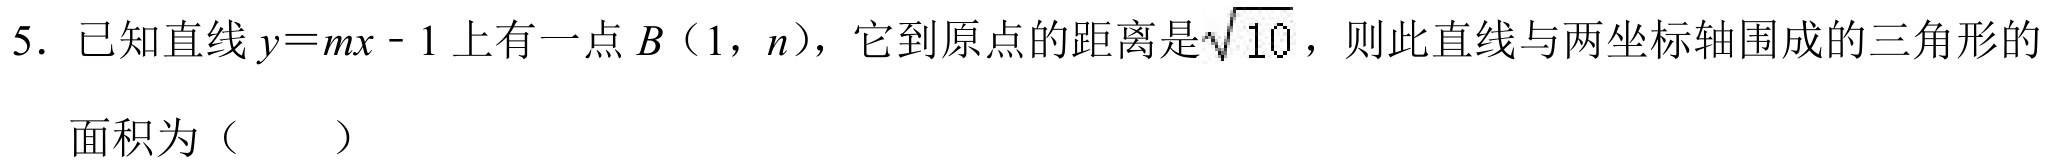
5. 已知直线\(y = mx - 1\)上有一点\(B(1,n)\)，它到原点的距离是\(\sqrt{10}\)，则此直线与两坐标轴围成的三角形的
面积为（  ）